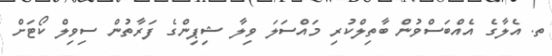
ތ. އެލާގެ އެއްބަސްވުން ބާތިލްކުރި މައްސަލަ ވިލާ ޝިޕިންގެ ފަރާތުން ސިވިލް ކޯޓަށް